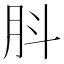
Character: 𦙒